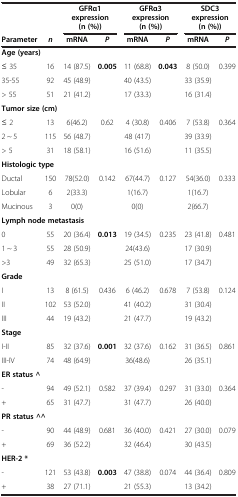
<table><thead><tr><td colspan="2"><b> </b></td><td colspan="2"><b>GFRα1 expression (n (%))</b></td><td colspan="2"><b>GFRα3 expression (n (%))</b></td><td colspan="2"><b>SDC3 expression (n (%))</b></td></tr><tr><td><b>Parameter</b></td><td><b><i>n</i></b></td><td><b>mRNA</b></td><td><b><i>P</i></b></td><td><b>mRNA</b></td><td><b><i>P</i></b></td><td><b>mRNA</b></td><td><b><i>P</i></b></td></tr></thead><tbody><tr><td colspan="8"><b>Age (years)</b></td></tr><tr><td>≤ 35</td><td>16</td><td>14 (87.5)</td><td><b>0.005</b></td><td>11 (68.8)</td><td><b>0.043</b></td><td>8 (50.0)</td><td>0.399</td></tr><tr><td>35-55</td><td>92</td><td>45 (48.9)</td><td> </td><td>40 (43.5)</td><td> </td><td>33 (35.9)</td><td> </td></tr><tr><td>&gt; 55</td><td>51</td><td>21 (41.2)</td><td> </td><td>17 (33.3)</td><td> </td><td>16 (31.4)</td><td> </td></tr><tr><td colspan="8"><b>Tumor size (cm)</b></td></tr><tr><td>≤ 2</td><td>13</td><td>6(46.2)</td><td>0.62</td><td>4 (30.8)</td><td>0.406</td><td>7 (53.8)</td><td>0.364</td></tr><tr><td>2 ~ 5</td><td>115</td><td>56 (48.7)</td><td> </td><td>48 (417)</td><td> </td><td>39 (33.9)</td><td> </td></tr><tr><td>&gt; 5</td><td>31</td><td>18 (58.1)</td><td> </td><td>16 (51.6)</td><td> </td><td>11 (35.5)</td><td> </td></tr><tr><td colspan="8"><b>Histologic type</b></td></tr><tr><td>Ductal</td><td>150</td><td>78(52.0)</td><td>0.142</td><td>67(44.7)</td><td>0.127</td><td>54(36.0)</td><td>0.333</td></tr><tr><td>Lobular</td><td>6</td><td>2(33.3)</td><td> </td><td>1(16.7)</td><td> </td><td>1(16.7)</td><td> </td></tr><tr><td>Mucinous</td><td>3</td><td>0(0)</td><td> </td><td>0(0)</td><td> </td><td>2(66.7)</td><td> </td></tr><tr><td colspan="8"><b>Lymph node metastasis</b></td></tr><tr><td>0</td><td>55</td><td>20 (36.4)</td><td><b>0.013</b></td><td>19 (34.5)</td><td>0.235</td><td>23 (41.8)</td><td>0.481</td></tr><tr><td>1 ~ 3</td><td>55</td><td>28 (50.9)</td><td> </td><td>24(43.6)</td><td> </td><td>17 (30.9)</td><td> </td></tr><tr><td>&gt;3</td><td>49</td><td>32 (65.3)</td><td> </td><td>25 (51.0)</td><td> </td><td>17 (34.7)</td><td> </td></tr><tr><td colspan="8"><b>Grade</b></td></tr><tr><td>I</td><td>13</td><td>8 (61.5)</td><td>0.436</td><td>6 (46.2)</td><td>0.678</td><td>7 (53.8)</td><td>0.124</td></tr><tr><td>II</td><td>102</td><td>53 (52.0)</td><td> </td><td>41 (40.2)</td><td> </td><td>31 (30.4)</td><td> </td></tr><tr><td>III</td><td>44</td><td>19 (43.2)</td><td> </td><td>21 (47.7)</td><td> </td><td>19 (43.2)</td><td> </td></tr><tr><td colspan="8"><b>Stage</b></td></tr><tr><td>I-II</td><td>85</td><td>32 (37.6)</td><td><b>0.001</b></td><td>32 (37.6)</td><td>0.162</td><td>31 (36.5)</td><td>0.861</td></tr><tr><td>III-IV</td><td>74</td><td>48 (64.9)</td><td> </td><td>36(48.6)</td><td> </td><td>26 (35.1)</td><td> </td></tr><tr><td colspan="8"><b>ER status ^</b></td></tr><tr><td>-</td><td>94</td><td>49 (52.1)</td><td>0.582</td><td>37 (39.4)</td><td>0.297</td><td>31 (33.0)</td><td>0.364</td></tr><tr><td>+</td><td>65</td><td>31 (47.7)</td><td> </td><td>31 (47.7)</td><td> </td><td>26 (40.0)</td><td> </td></tr><tr><td colspan="8"><b>PR status ^^</b></td></tr><tr><td>-</td><td>90</td><td>44 (48.9)</td><td>0.681</td><td>36 (40.0)</td><td>0.421</td><td>27 (30.0)</td><td>0.079</td></tr><tr><td>+</td><td>69</td><td>36 (52.2)</td><td> </td><td>32 (46.4)</td><td> </td><td>30 (43.5)</td><td> </td></tr><tr><td colspan="8"><b>HER-2 *</b></td></tr><tr><td>-</td><td>121</td><td>53 (43.8)</td><td><b>0.003</b></td><td>47 (38.8)</td><td>0.074</td><td>44 (36.4)</td><td>0.809</td></tr><tr><td>+</td><td>38</td><td>27 (71.1)</td><td> </td><td>21 (55.3)</td><td> </td><td>13 (34.2)</td><td> </td></tr></tbody></table>